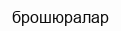
брошюралар